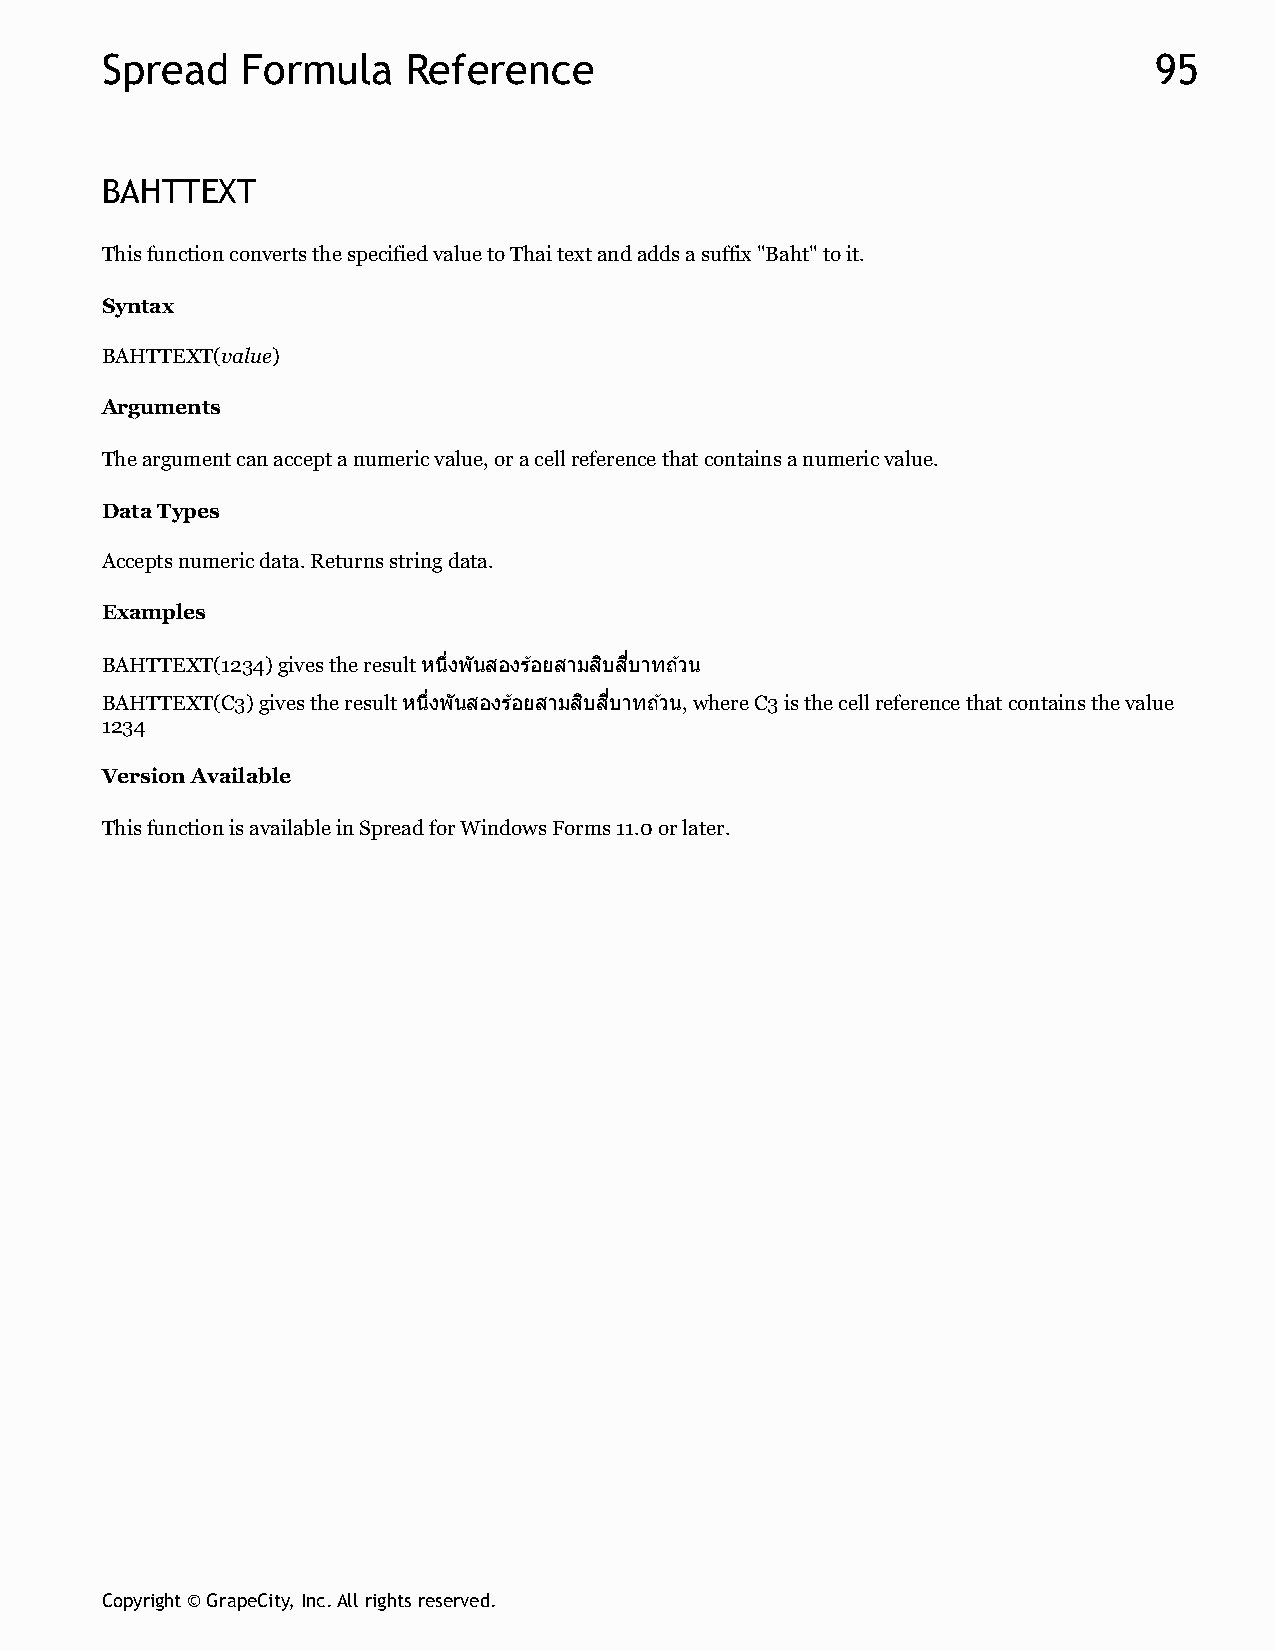
Spread   Formula    Reference                                        95
 BAHTTEXT
 This function converts the specified value to Thai text and adds a suffix "Baht" to it.
 Syntax
 BAHTTEXT(value)
 Arguments
 The argument can accept a numeric value, or a cell reference that contains a numeric value.
 Data Types
 Accepts numeric data. Returns string data.
 Examples
 BAHTTEXT(1234) gives the result หนงึ พันสองรอ้ ยสามสบิ สบี าทถว้ น
 BAHTTEXT(C3) gives the result หนงึ พันสองรอ้ ยสามสบิ สบี าทถว้ น, where C3 is the cell reference that contains the value
 1234
 Version Available
 This function is available in Spread for Windows Forms 11.0 or later.
 Copyright © GrapeCity, Inc. All rights reserved.